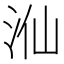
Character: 𣳈